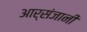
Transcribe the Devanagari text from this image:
आर्संजानी